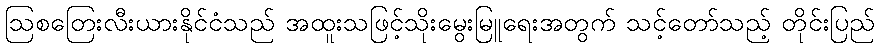
ဩစတြေးလီးယားနိုင်ငံသည် အထူးသဖြင့်သိုးမွေးမြူရေးအတွက် သင့်တော်သည့် တိုင်းပြည်